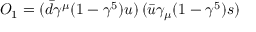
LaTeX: O _ { 1 } = ( \bar { d } \gamma ^ { \mu } ( 1 - \gamma ^ { 5 } ) u ) \, ( \bar { u } \gamma _ { \mu } ( 1 - \gamma ^ { 5 } ) s )